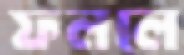
ফললে